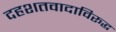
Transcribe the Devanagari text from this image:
दहशतवादाविरूद्ध